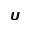
\pmb { U }